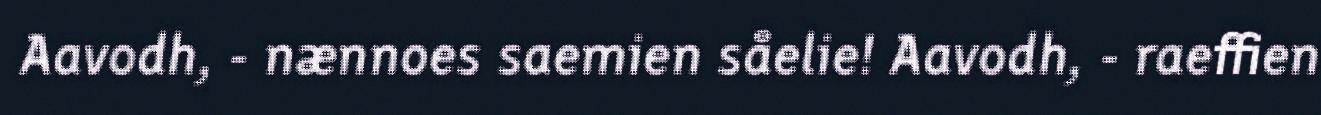
Aavodh, - nænnoes saemien såelie! Aavodh, - raeffien